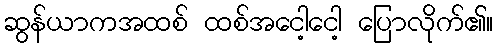
ဆွန်ယာကအထစ် ထစ်အငေါ့ငေါ့ ပြောလိုက်၏။